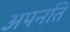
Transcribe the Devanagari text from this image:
अपनति